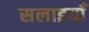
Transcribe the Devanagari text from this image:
सलाइयाँ